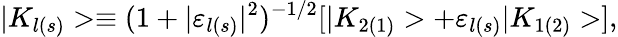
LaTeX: |K_{l(s)}>\equiv(1+|{\varepsilon}_{l(s)}|^{2})^{-1/2}[|K_{2(1)}>+{\varepsilon}_{l(s)}|K_{1(2)}>],